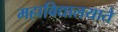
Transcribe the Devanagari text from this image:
महाविद्यालयाते